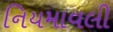
નિયમાવલી